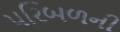
પરિબળની